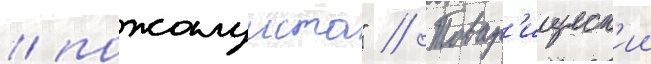
/ пожалуиста" // Товар'ищеск'ии